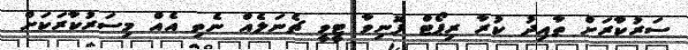
ސަރުކާރަށް ތާއިދު ކުރާ ރިޕޯޓް ފޮނިވާ ޓީވީ ޗެނަލެއް ނެތި އެއް މިސަރުކާރަކަށް